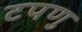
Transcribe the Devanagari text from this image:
टपणु